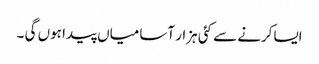
ایساکرنے سے کئی ہزار آسامیاں پیدا ہوں گی ۔